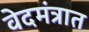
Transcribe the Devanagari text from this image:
वेदमंत्रात